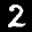
Label: 2